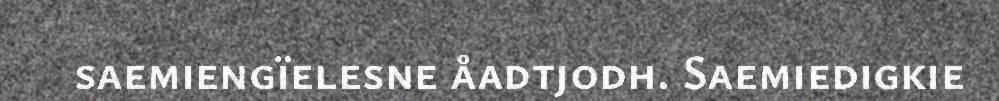
saemiengïelesne åadtjodh. Saemiedigkie